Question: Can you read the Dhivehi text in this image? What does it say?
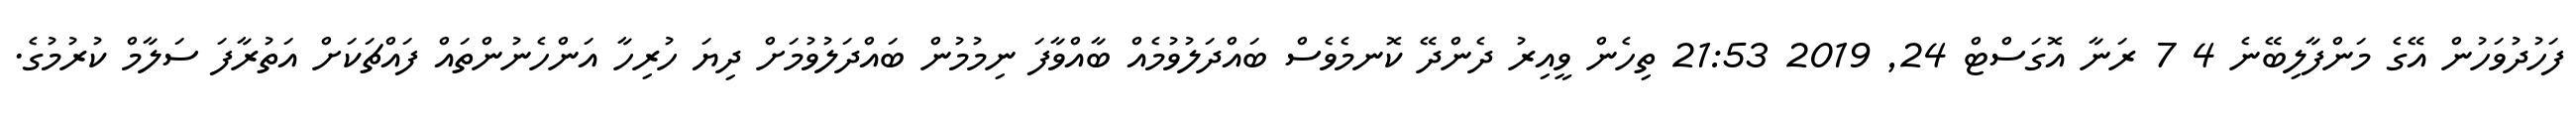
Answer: ފަހުދުވަހުން އޭގެ މަންފާލިބޭނެ 4 7 ރަނާ އޮގަސްޓް 24, 2019 21:53 ތިހެން ވީއިރު ދެންދޭ ކޮނމެވެސް ބައްދަލުވުމެއް ބާއްވާފަ ނިމުމުން ބައްދަލުވުމަށް ދިޔަ ހުރިހާ އަންހެނުންތައް ފައްޗަކަށް އަތުރާފަ ސަލާމް ކުރުމުގެ.